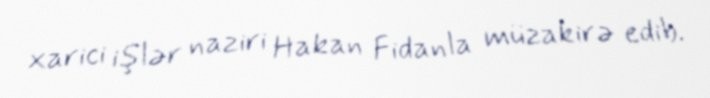
xarici işlər naziri Hakan Fidanla müzakirə edib.